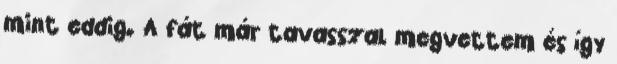
mint eddig. A fát már tavasszal megvettem és így